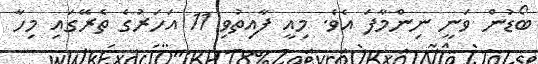
ބޯޑުން ވަނީ ނިންމާފަ އެވެ. މިއީ ފާއިތުވި 11 އަހަރުގެ ތެރޭގައި މިހާ